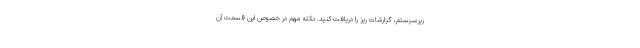
زیرسیستم، گزارشات ریز را دریافت کنید. نکته مهم در خصوص این قسمت آن